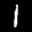
Label: 1